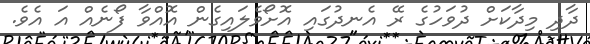
ދާދި މިދާކަށް ދުވަހުގެ ރޭ އެނދުގައި އޮށޯވެލައިގެން އޮއްވާ ފޯނެއް އަ އެވެ.